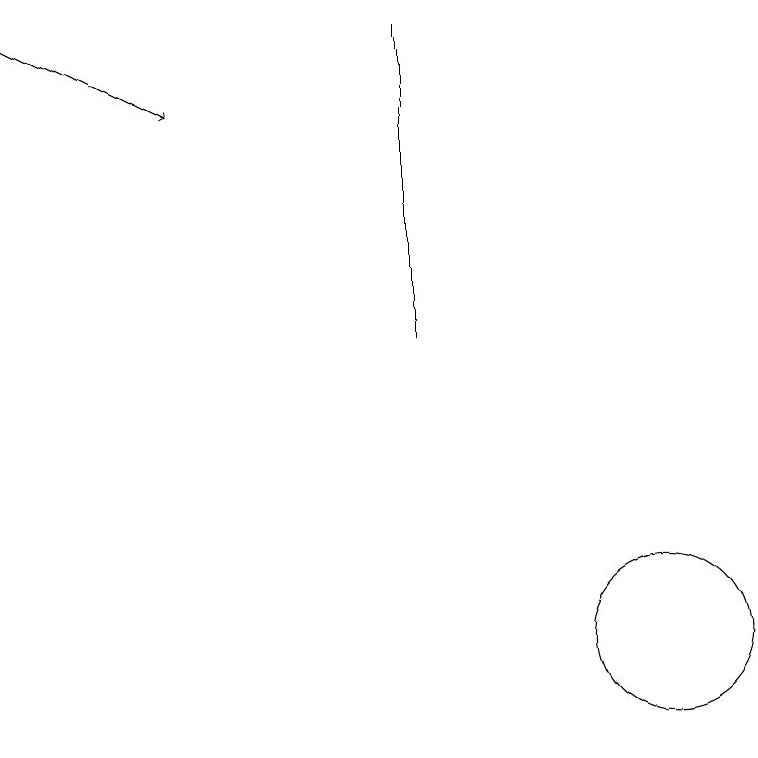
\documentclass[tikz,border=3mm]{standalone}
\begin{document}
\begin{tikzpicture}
\draw[->] (2,19) -- (4,18);
\draw (7,15) rectangle (7,19);
\draw (10,11) circle (1);
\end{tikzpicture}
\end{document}